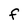
Character: f